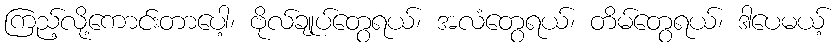
ကြည့်လို့ကောင်းတာပေါ့၊ ဗိုလ်ချုပ်တွေရယ်၊ အလံတွေရယ်၊ တိမ်တွေရယ်၊ ဒါပေမယ့်